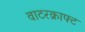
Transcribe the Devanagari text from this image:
वाटरक्राफ्ट